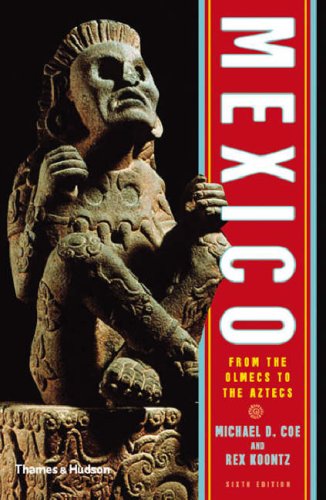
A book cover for Mexico: From the Olmecs to the Aztecs (Sixth Edition)  (Ancient Peoples and Places); Michael D. Coe; History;